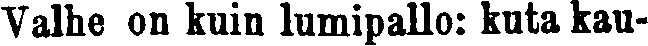
Valve on kuin lumipallo: kuta kau-